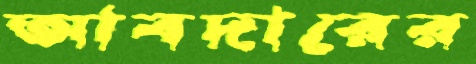
আবদারের